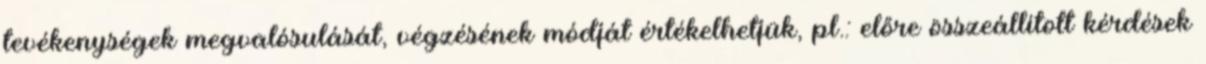
tevékenységek megvalósulását, végzésének módját értékelhetjük, pl.: előre összeállított kérdések